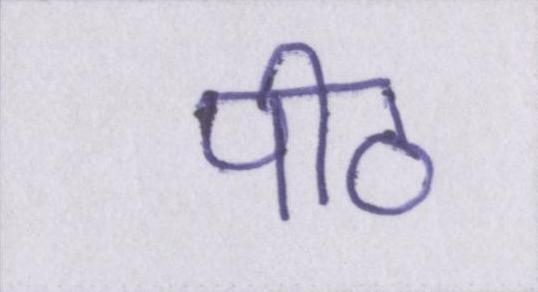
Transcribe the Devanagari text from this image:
पीठ